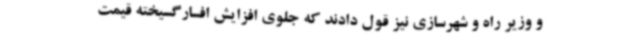
و وزیر راه و شهرسازی نیز قول دادند که جلوی افزایش افسارگسیخته قیمت